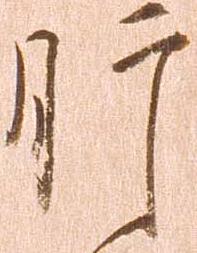
肝